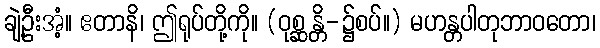
ချဲ့ဦးအံ့။ ဧတာနိ၊ ဤရုပ်တို့ကို။ (ဝုစ္ဆန္တိ-၌စပ်။) မဟန္တပါတုဘာဝတော၊